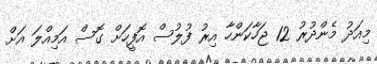
މިއަދު މެންދުރު 12 ޖަހާކަންހާ އިރު ފުލުސް އޮފީހަށް ގޮސް އަމިއްލަ އަށް